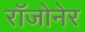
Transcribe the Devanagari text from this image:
रॉजोनेर